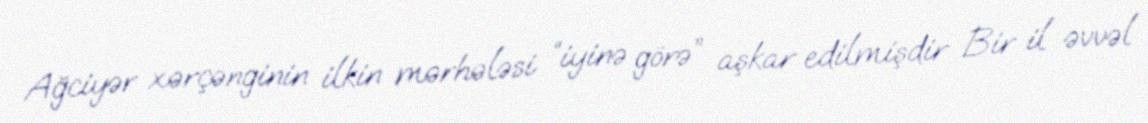
Ağciyər xərçənginin ilkin mərhələsi “iyinə görə” aşkar edilmişdir Bir il əvvəl